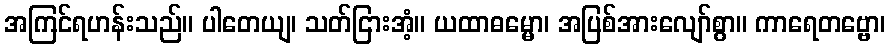
အကြင်ရဟန်းသည်။ ပါတေယျ၊ သတ်ငြားအံ့။ ယထာဓမ္မော၊ အပြစ်အားလျော်စွာ။ ကာရေတဗ္ဗော၊